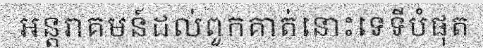
អន្តរាគមន៍ដល់ពួកគាត់នោះទេទីបំផុត